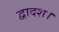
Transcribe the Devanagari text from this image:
द्वादश।